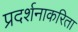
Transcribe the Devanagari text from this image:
प्रदर्शनाकरिता